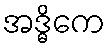
အဒ္ဓိကေ